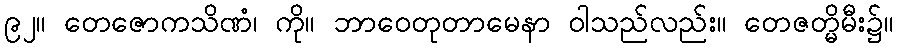
၉၂။ တေဇောကသိဏံ၊ ကို။ ဘာဝေတုတာမေနာ ဝါသည်လည်း။ တေဇတ္မိမီး၌။